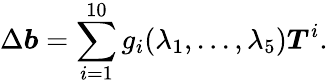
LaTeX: \Delta\boldsymbol{b}=\sum_{i=1}^{10}g_{i}(\lambda_{1},...,\lambda_{5})\boldsymbol{T}^{i}.